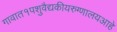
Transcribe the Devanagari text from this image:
गावात१पशुवैद्यकीयरुग्णालयआहे